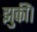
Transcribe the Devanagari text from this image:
झुकीं।